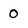
Character: 0